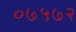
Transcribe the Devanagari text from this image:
०७५७२